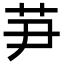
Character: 芛